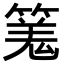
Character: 𥱑